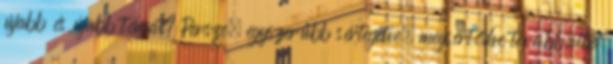
újabb és újabb témát? Persze, egyszerűbb sértegetve, megsértődve továbbállni